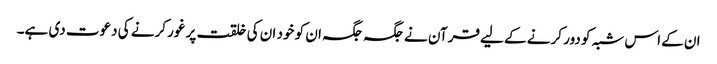
ان کے اس شبہ کو دور کرنے کے لیے قرآن نے جگہ جگہ ان کو خود ان کی خلقت پر غور کرنے کی دعوت دی ہے۔